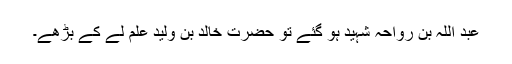
عبد اللہ بن رواحہ شہید ہو گئے تو حضرت خالدؓ بن ولید علم لے کے بڑھے۔